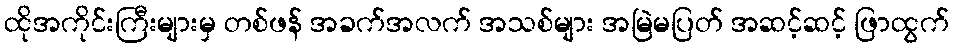
ထိုအကိုင်းကြီးများမှ တစ်ဖန် အခက်အလက် အသစ်များ အမြဲမပြတ် အဆင့်ဆင့် ဖြာထွက်